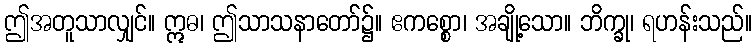
ဤအတူသာလျှင်။ ဣဓ၊ ဤသာသနာတော်၌။ ဧကစ္စော၊ အချို့သော။ ဘိက္ခု၊ ရဟန်းသည်။